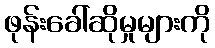
ဖုန်းခေါ်ဆိုမှုများကို